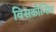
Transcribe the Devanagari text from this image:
विसकोन्सिन